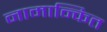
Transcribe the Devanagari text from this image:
नामान्कित